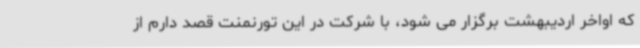
که اواخر اردیبهشت برگزار می شود، با شرکت در این تورنمنت قصد دارم از